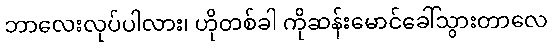
ဘာလေးလုပ်ပါလား၊ ဟိုတစ်ခါ ကိုဆန်းမောင်ခေါ်သွားတာလေ